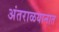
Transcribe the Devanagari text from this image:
अंतराळयानात